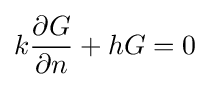
k{\frac {\partial G}{\partial n}}+hG=0